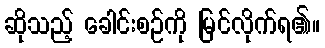
ဆိုသည့် ခေါင်းစဉ်ကို မြင်လိုက်ရ၏။